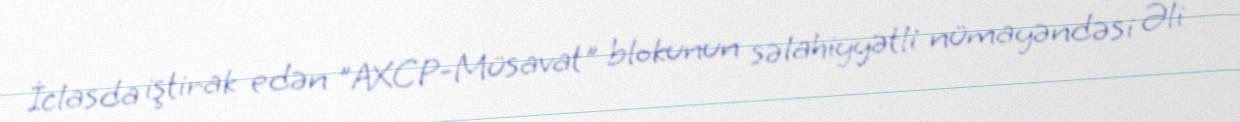
İclasda iştirak edən "AXCP-Müsavat" blokunun səlahiyyətli nümayəndəsi Əli